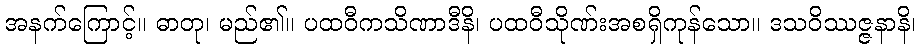
အနက်ကြောင့်။ ဓာတု၊ မည်၏။ ပထဝီကသိဏာဒီနိ၊ ပထဝီသိုဏ်းအစရှိကုန်သော။ ဒသဝိဿဇ္ဇနာနိ၊